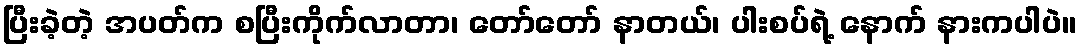
ပြီးခဲ့တဲ့ အပတ်က စပြီးကိုက်လာတာ၊ တော်တော် နာတယ်၊ ပါးစပ်ရဲ့ နောက် နားကပါပဲ။